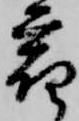
宿